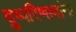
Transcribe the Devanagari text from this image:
दुष्परिणामांना